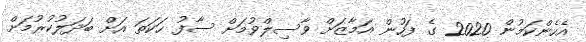
އެހެންކަމުން 2020 ގެ ފަހުން އަމާޒަށް ވާސިލްވުމަށް ސާފު ހަކަތަ އަށް ބަދަލުކުރުމަށް